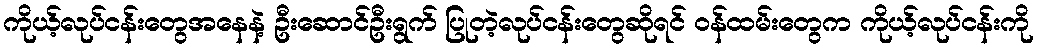
ကိုယ့်လုပ်ငန်းတွေအနေနဲ့ ဦးဆောင်ဦးရွက် ပြုတဲ့လုပ်ငန်းတွေဆိုရင် ဝန်ထမ်းတွေက ကိုယ့်လုပ်ငန်းကို